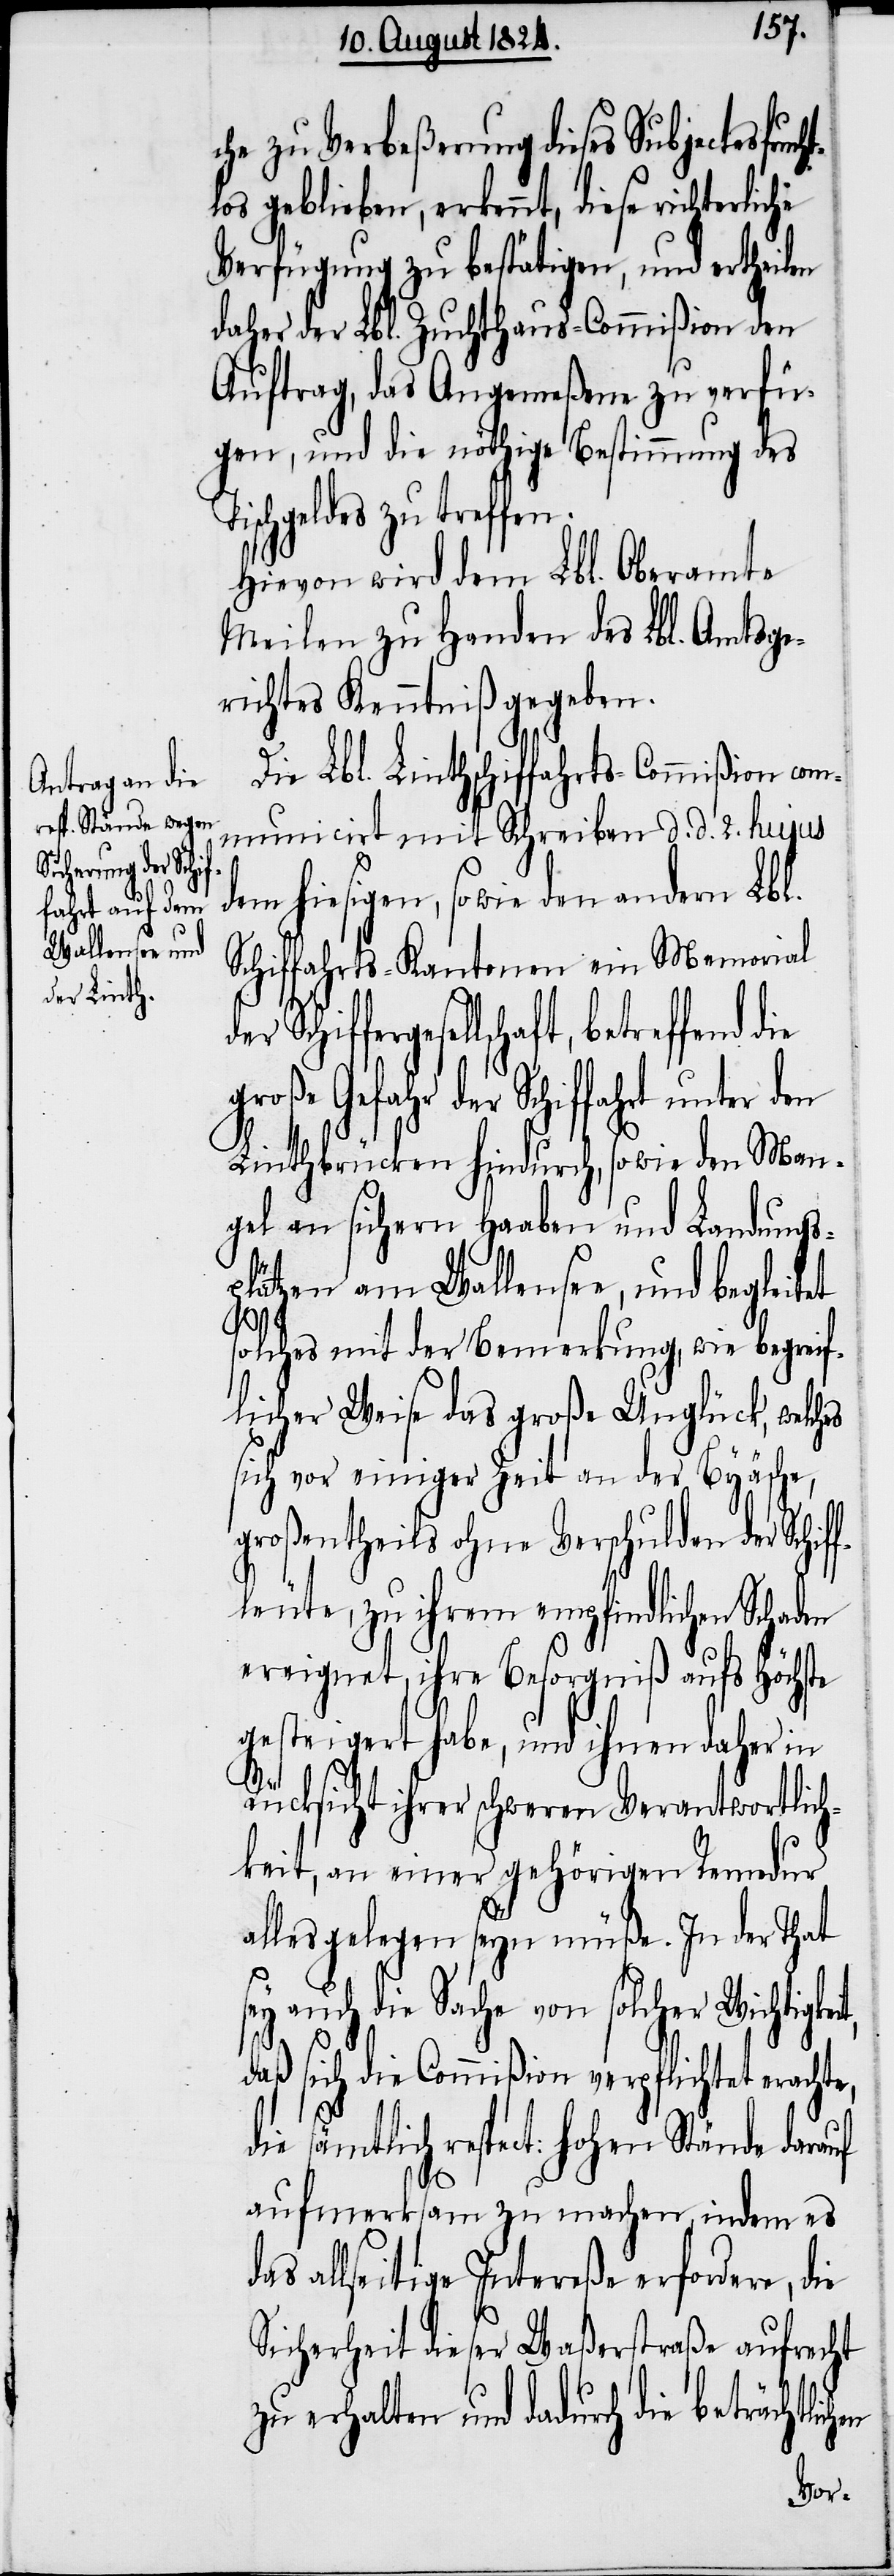
che zu Verbeßerung dieses Subjectes
geblieben, erkennt, diese richterliche
Verfügung zu bestätigen, und ertheilen
daher der Lbl. Zuchthaus-Commißion den
Auftrag, das Angemeßene zu verfü¬
gen, und die nöthige Bestimmung des
ischgeldes zu treffen.
Hievon wird dem Lbl. Oberamte
Meilen zu Handen des Lbl. Amtsge¬
richtes Kenntniß gegeben.
Die Lbl. Linthschiffahrts-Commißion com¬
municirt mit Schreiben d. d. 2. hujus
dem hiesigen, sowie den andern Lbl.
Schiffahrts-Kantonen ein Memorial
Schiffergesellschaft, betreffend
Gefahr der Schiffahrt unter
Linthbrücken hindurch, sowie den Man¬
gel an sichern Haaben und Landungs¬
plätzen am Wallensee, und begleitet
solches mit der Bemerkung, wie begrei¬
flicher Weise das große Unglück, welches
sich vor einiger Zeit an der Byäsche,
großentheils ohne Verschulden der Schif¬
fleute, zu ihrem empfindlichen Schaden
ereignet, ihre Besorgniß aufs Höchste
gesteigert habe, und ihnen daher in
Rücksicht ihrer schweren Verantwortlich¬
keit, an einer gehörigen Remedur
alles gelegen seyn müße. In der That
sey auch die Sache von solcher Wichtigkei¬
daß sich die Commißion verpflichtet erachte,
die sämtlich respect: hohen Stände darauf
aufmerksam zu machen, indem es
allseitige Intereße erfordern, die
Sicherheit dieser Waßerstraße aufrecht
t,
zu erhalten und dadurch die beträchtlic¬
hen